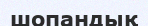
шопандық